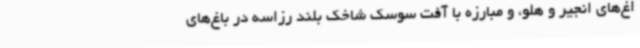
اغ‌های انجیر و هلو، و مبارزه با آفت سوسک شاخک بلند رزاسه در باغ‌های